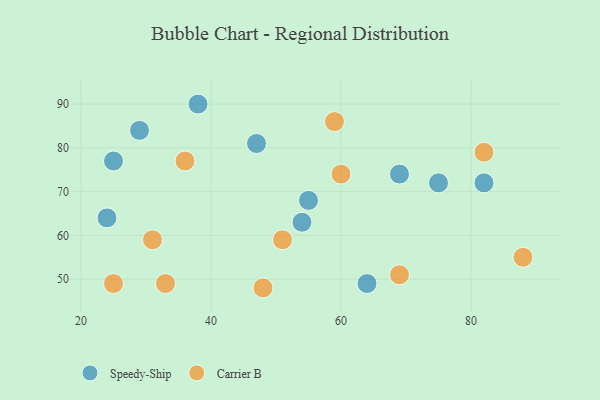
{"axis": {"x": "GDP", "y": "Life Expectancy"}, "legend": ["Carrier B", "Speedy-Ship"], "data": [{"x": "64", "y": 49, "type": "Speedy-Ship"}, {"x": "75", "y": 72, "type": "Speedy-Ship"}, {"x": "47", "y": 81, "type": "Speedy-Ship"}, {"x": "29", "y": 84, "type": "Speedy-Ship"}, {"x": "55", "y": 68, "type": "Speedy-Ship"}, {"x": "82", "y": 72, "type": "Speedy-Ship"}, {"x": "38", "y": 90, "type": "Speedy-Ship"}, {"x": "24", "y": 64, "type": "Speedy-Ship"}, {"x": "69", "y": 74, "type": "Speedy-Ship"}, {"x": "54", "y": 63, "type": "Speedy-Ship"}, {"x": "25", "y": 77, "type": "Speedy-Ship"}, {"x": "51", "y": 59, "type": "Carrier B"}, {"x": "88", "y": 55, "type": "Carrier B"}, {"x": "31", "y": 59, "type": "Carrier B"}, {"x": "82", "y": 79, "type": "Carrier B"}, {"x": "33", "y": 49, "type": "Carrier B"}, {"x": "36", "y": 77, "type": "Carrier B"}, {"x": "48", "y": 48, "type": "Carrier B"}, {"x": "59", "y": 86, "type": "Carrier B"}, {"x": "25", "y": 49, "type": "Carrier B"}, {"x": "60", "y": 74, "type": "Carrier B"}, {"x": "69", "y": 51, "type": "Carrier B"}]}